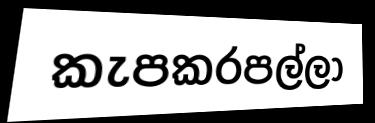
කැපකරපල්ලා